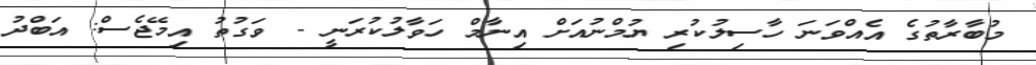
މުބާރާތުގެ އެއްވަނަ ހާސިލުކުރި ޔުމްނުއަށް އިނާމް ހަވާލުކުރަނީ - ވަގުތު އިމޭޖެސް: އަބްދު